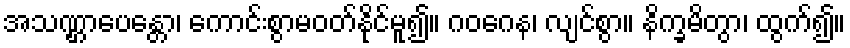
အသဏ္ဌာပေန္တော၊ ကောင်းစွာမဝတ်နိုင်မူ၍။ ဂဝဂေန၊ လျင်စွာ။ နိက္ခမိတွာ၊ ထွက်၍။